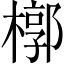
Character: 槨